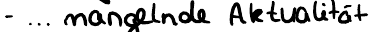
- ... mangelnde Aktualität